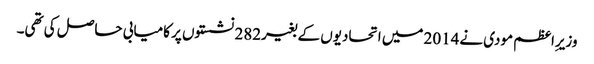
وزیرِاعظم مودی نے2014 میں اتحادیوں کے بغیر282 نشستوں پر کامیابی حاصل کی تھی۔